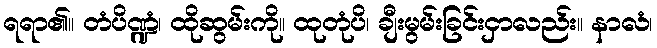
ရရာ၏။ တံပိဏ္ဍံ၊ ထိုဆွမ်းကို။ ထုတုံပိ၊ ချီးမွမ်းခြင်းငှာလည်း။ နာလံ၊